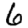
Digit: 6